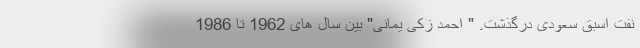
نفت اسبق سعودی درگذشت. " احمد زکی یمانی" بین سال های 1962 تا 1986